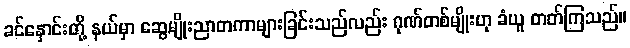
ခင်နှောင်းတို့ နယ်မှာ ဆွေမျိုးညာတကာများခြင်းသည်လည်း ဂုဏ်တစ်မျိုးဟု ခံယူ တတ်ကြသည်။